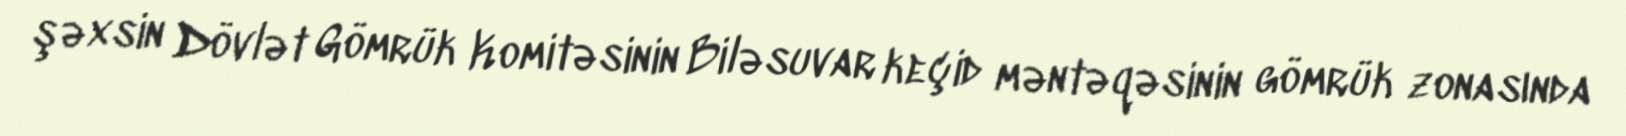
şəxsin Dövlət Gömrük Komitəsinin Biləsuvar keçid məntəqəsinin gömrük zonasında